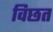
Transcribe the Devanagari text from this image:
विछत